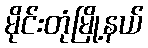
မိုင်းတုံမြို့နယ်